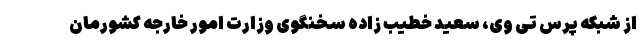
از شبکه پرس تی وی، سعید خطیب زاده سخنگوی وزارت امور خارجه کشورمان